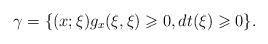
LaTeX: \begin{align*}\gamma=\{(x;\xi) g_x(\xi,\xi)\geqslant 0,dt(\xi)\geqslant 0\}.\end{align*}